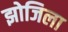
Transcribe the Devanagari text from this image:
झोजिला